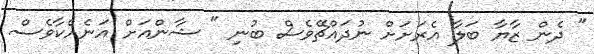
" ދެން ޒާޔާ ބަލާ އެރަށަށް ނުދައްޗޭވެސް ބުނި " ޝާންއަށް އަނެއްކާވެސް